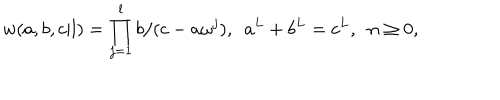
w ( a , b , c | l ) = \prod _ { j = 1 } ^ { l } b / ( c - a \omega ^ { j } ) , ~ ~ a ^ { L } + b ^ { L } = c ^ { L } , ~ ~ n \geq 0 ,